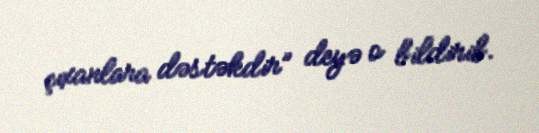
çıxanlara dəstəkdir” deyə o bildirib.